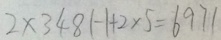
2 \times 3 4 8 1 - 1 + 2 \times 5 = 6 9 7 1